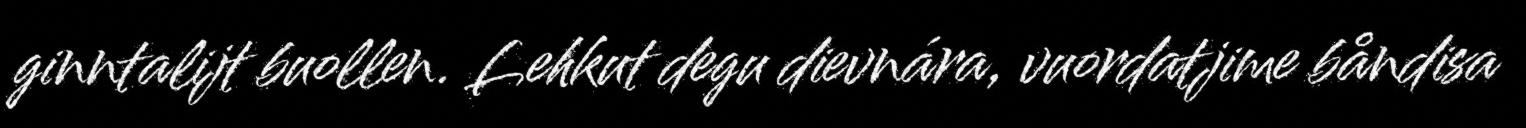
ginntalijt buollen. Lehkut degu dievnára, vuordatjime båndisa